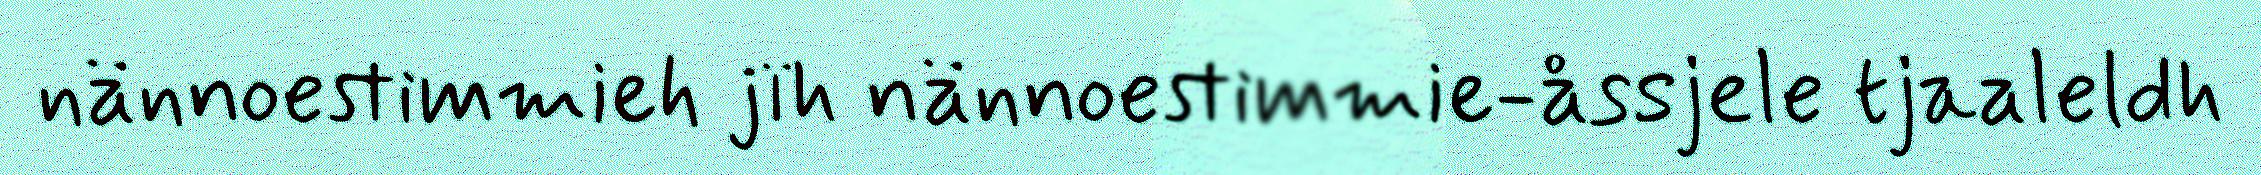
nännoestimmieh jïh nännoestimmie-åssjele tjaaleldh